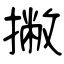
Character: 撇